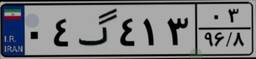
۰۴گ۴۱۳۰۳